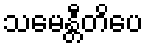
သမေန္တီတိပေ